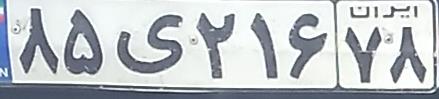
۸۵ی۲۱۶۷۸